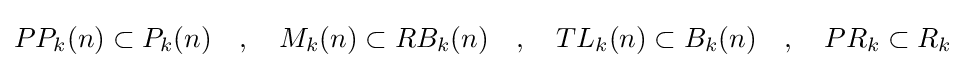
PP_{k}(n)\subset P_{k}(n)\quad ,\quad M_{k}(n)\subset RB_{k}(n)\quad ,\quad TL_{k}(n)\subset B_{k}(n)\quad ,\quad PR_{k}\subset R_{k}